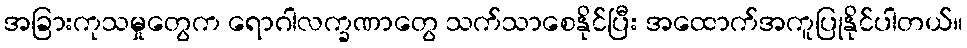
အခြားကုသမှုတွေက ရောဂါလက္ခဏာတွေ သက်သာစေနိုင်ပြီး အထောက်အကူပြုနိုင်ပါတယ်။